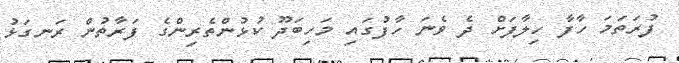
ފުރަތަމަ ހާފާ ހިލާފަށް ދެ ވެނަ ހާފުގައި މަހިބަދޫ ކުޅުންތެރިންގެ ފަރާތުން ރަނގަޅު